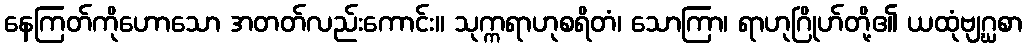
နေကြတ်ကိုဟောသော အတတ်လည်းကောင်း။ သုက္ကရာဟုစရိတံ၊ သောကြာ၊ ရာဟုဂြိုဟ်တို့၏ ယထုံဗျဂ္ဃစာ